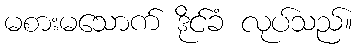
မစားမသောက် ဒိုင်ခံ လုပ်သည်။